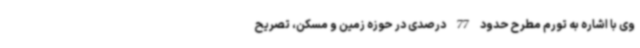
وی با اشاره به تورم مطرح حدود 77 درصدی در حوزه زمین و مسکن، تصریح